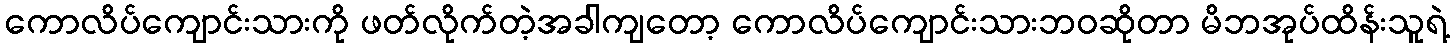
ကောလိပ်ကျောင်းသားကို ဖတ်လိုက်တဲ့အခါကျတော့ ကောလိပ်ကျောင်းသားဘဝဆိုတာ မိဘအုပ်ထိန်းသူရဲ့